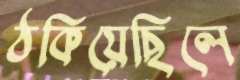
ঠকিয়েছিলে